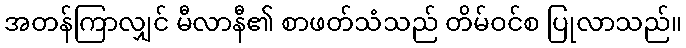
အတန်ကြာလျှင် မီလာနီ၏ စာဖတ်သံသည် တိမ်ဝင်စ ပြုလာသည်။